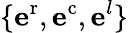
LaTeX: \{ \mathbf{e}^{\mathrm{{r}}},\mathbf{e}^{\mathrm{{c}}},\mathbf{e}^{l}\}